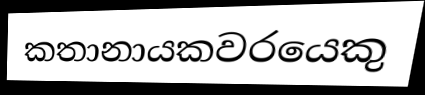
කතානායකවරයෙකු